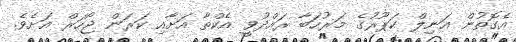
އެގޮތުން އަނިލް ކަޕޫރުގެ މަރުހަބާ ރައްދުވީ އެކްތާ އަށާއި ކަރަން ޖޯހަރް އަށެވެ.